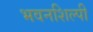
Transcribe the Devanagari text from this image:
भवनशिल्पी